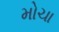
મોચા